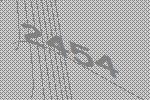
2454